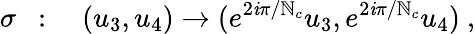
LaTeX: \sigma~~:\quad(u_{3},u_{4})\to(e^{2\mathit{i}\pi/\mathbb{N}_{c}}u_{3},e^{2\mathit{i}\pi/\mathbb{N}_{c}}u_{4})~,